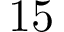
1 5